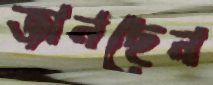
জানছেন